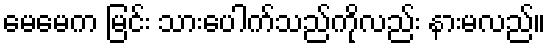
မေမေက မြင်း သားပေါက်သည်ကိုလည်း နားမလည်။